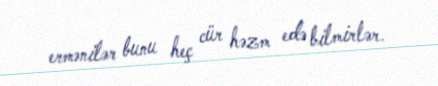
ermənilər bunu heç cür həzm edə bilmirlər.